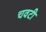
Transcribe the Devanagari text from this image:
चवटी